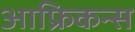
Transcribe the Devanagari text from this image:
आफ्रिकन्स